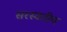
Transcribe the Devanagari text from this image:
सरस्वतीच